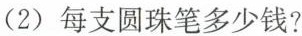
(2)每支圆珠笔多少钱?